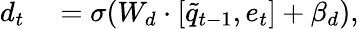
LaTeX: \begin{array}{rl}{d_{t}}&{{}=\sigma(W_{d}\cdot[\tilde{q}_{t-1},e_{t}]+\beta_{d}),}\end{array}